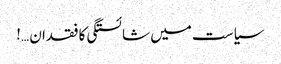
سیاست میں شائستگی کا فقدان …!